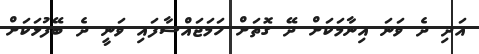
އަދި ދެ ވަނަ އިނާމަކަށް ދޭ ގޮތަށް ހަމަޖައްސާފައި ވަނީ ދެ ބޭފުޅަކަށް